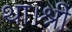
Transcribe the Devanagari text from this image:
था।श्री